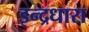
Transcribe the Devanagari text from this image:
इन्द्रधारा